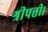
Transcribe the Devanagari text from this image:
श्रीपती।